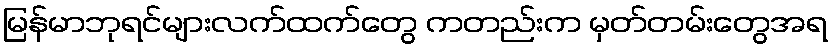
မြန်မာဘုရင်များလက်ထက်တွေ ကတည်းက မှတ်တမ်းတွေအရ